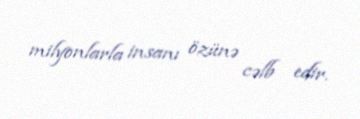
milyonlarla insanı özünə cəlb edir.